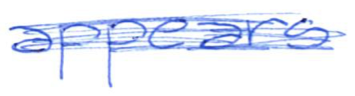
Text: appears
Cross-out: scratch
Writing tool: ballpoint